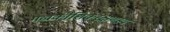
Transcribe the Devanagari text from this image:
मखकौशिकरक्षणस्य